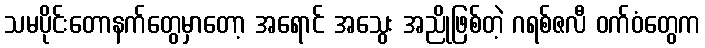
သမပိုင်းတောနက်တွေမှာတော့ အရောင် အသွေး အညိုဖြစ်တဲ့ ဂရစ်ဇလီ ဝက်ဝံတွေက